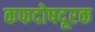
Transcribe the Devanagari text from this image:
कफदोषदूरक